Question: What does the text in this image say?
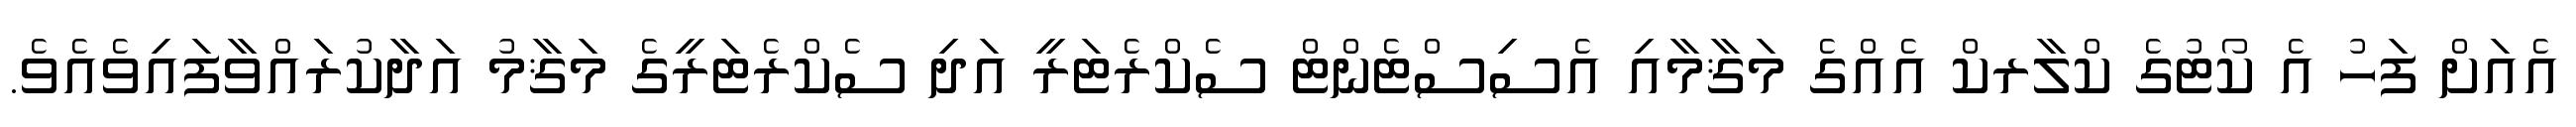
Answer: އެއަށް ފަހު އެ ކޯޓުގެ ކްލާރކް އެއްގެ މަޤާމާއި އެސިސްޓެންޓް ސެކްރެޓަރީ އަދި ސެކްރެޓަރީގެ މަޤާމު އަދާކުރައްވާފައިވެއެވެ.